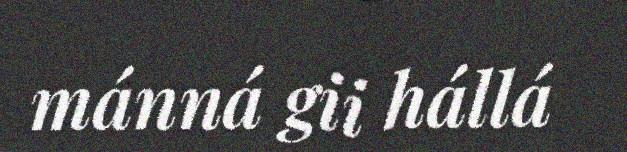
mánná gii hállá